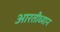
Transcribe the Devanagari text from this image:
आरतीध्यान